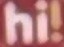
hi!